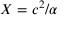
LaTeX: X = c ^ { 2 } / \alpha